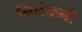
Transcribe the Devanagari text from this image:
निलेकनी